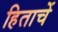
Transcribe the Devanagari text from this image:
हिताचें